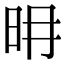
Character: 𣅧